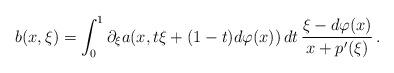
LaTeX: \begin{align*}b(x,\xi) = \int_0^1 \partial_\xi a(x, t\xi + (1-t)d\varphi(x)) \, dt \, \frac{\xi -d\varphi(x)}{x+p'(\xi)} \, .\end{align*}